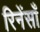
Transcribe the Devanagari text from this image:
रिनेंसाँ